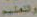
والتعليم